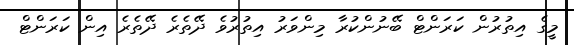
މީގެ އިތުރުން ކަރަންޓް ބޭނުންކުރާ މިންވަރު އިތުރުވެ ދޭތެރެ ދޭތެރެ އިން ކަރަންޓް